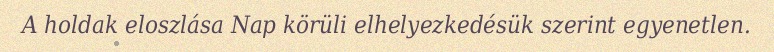
A holdak eloszlása Nap körüli elhelyezkedésük szerint egyenetlen.